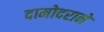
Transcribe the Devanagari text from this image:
दामोदराने